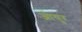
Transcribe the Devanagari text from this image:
ओयुर